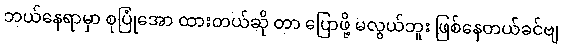
ဘယ်နေရာမှာ စုပြုံအော ထားတယ်ဆို တာ ပြောဖို့ မလွယ်ဘူး ဖြစ်နေတယ်ခင်ဗျ